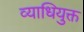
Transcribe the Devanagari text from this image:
व्याधियुक्त